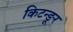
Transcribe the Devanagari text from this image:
किटन्ङूर